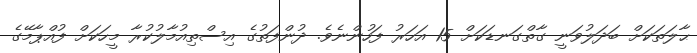
ޙާލަތަކަށް ބަދަލުވަނީ ގާތްގަނޑަކަށް 15 އަހަރު ފަހުންނެވެ. ދުންފަތުގެ އިސްތިއުމާލުކުރާ މީހަކަށް ފުއްޕާމޭގެ